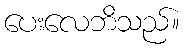
ပေးလေဘိသည်။